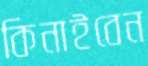
কিনাইবেন